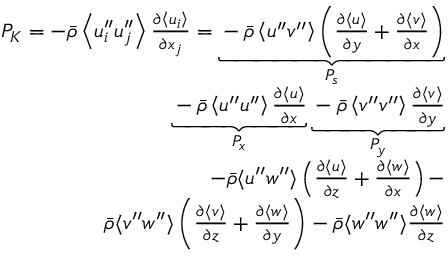
\begin{array} { r } { P _ { K } = - \bar { \rho } \left\langle u _ { i } ^ { \prime \prime } u _ { j } ^ { \prime \prime } \right\rangle \frac { \partial \left\langle u _ { i } \right\rangle } { \partial x _ { j } } = \underbrace { - \bar { \rho } \left\langle u ^ { \prime \prime } v ^ { \prime \prime } \right\rangle \left( \frac { \partial \langle u \rangle } { \partial y } + \frac { \partial \langle v \rangle } { \partial x } \right) } _ { P _ { s } } } \\ { \underbrace { - \bar { \rho } \left\langle u ^ { \prime \prime } u ^ { \prime \prime } \right\rangle \frac { \partial \langle u \rangle } { \partial x } } _ { P _ { x } } \underbrace { - \bar { \rho } \left\langle v ^ { \prime \prime } v ^ { \prime \prime } \right\rangle \frac { \partial \langle v \rangle } { \partial y } } _ { P _ { y } } } \\ { - \bar { \rho } \langle u ^ { \prime \prime } w ^ { \prime \prime } \rangle \left( \frac { \partial \langle u \rangle } { \partial z } + \frac { \partial \langle w \rangle } { \partial x } \right) - } \\ { \bar { \rho } \langle v ^ { \prime \prime } w ^ { \prime \prime } \rangle \left( \frac { \partial \langle v \rangle } { \partial z } + \frac { \partial \langle w \rangle } { \partial y } \right) - \bar { \rho } \langle w ^ { \prime \prime } w ^ { \prime \prime } \rangle \frac { \partial \langle w \rangle } { \partial z } } \end{array}